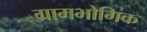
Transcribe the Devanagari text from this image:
ग्रामभोगिक